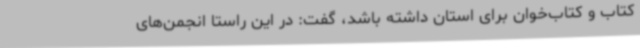
کتاب و کتاب‌خوان برای استان داشته باشد، گفت: در این راستا انجمن‌های